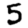
Digit: 5